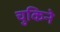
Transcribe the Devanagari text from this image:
चुकिने